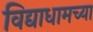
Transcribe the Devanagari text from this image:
विद्याधामच्या